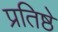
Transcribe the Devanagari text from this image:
प्रतिष्ठे